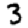
Digit: 3